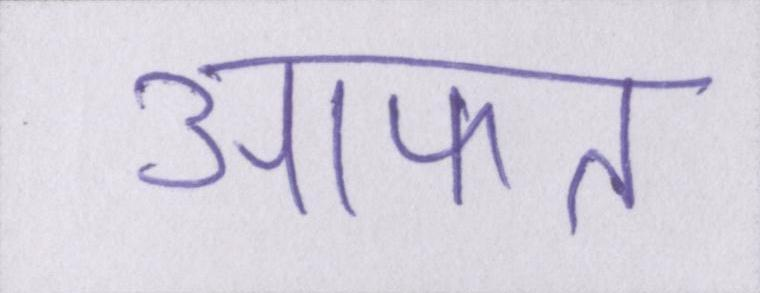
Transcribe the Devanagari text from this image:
आफत